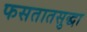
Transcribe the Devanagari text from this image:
फसतातसुद्धा